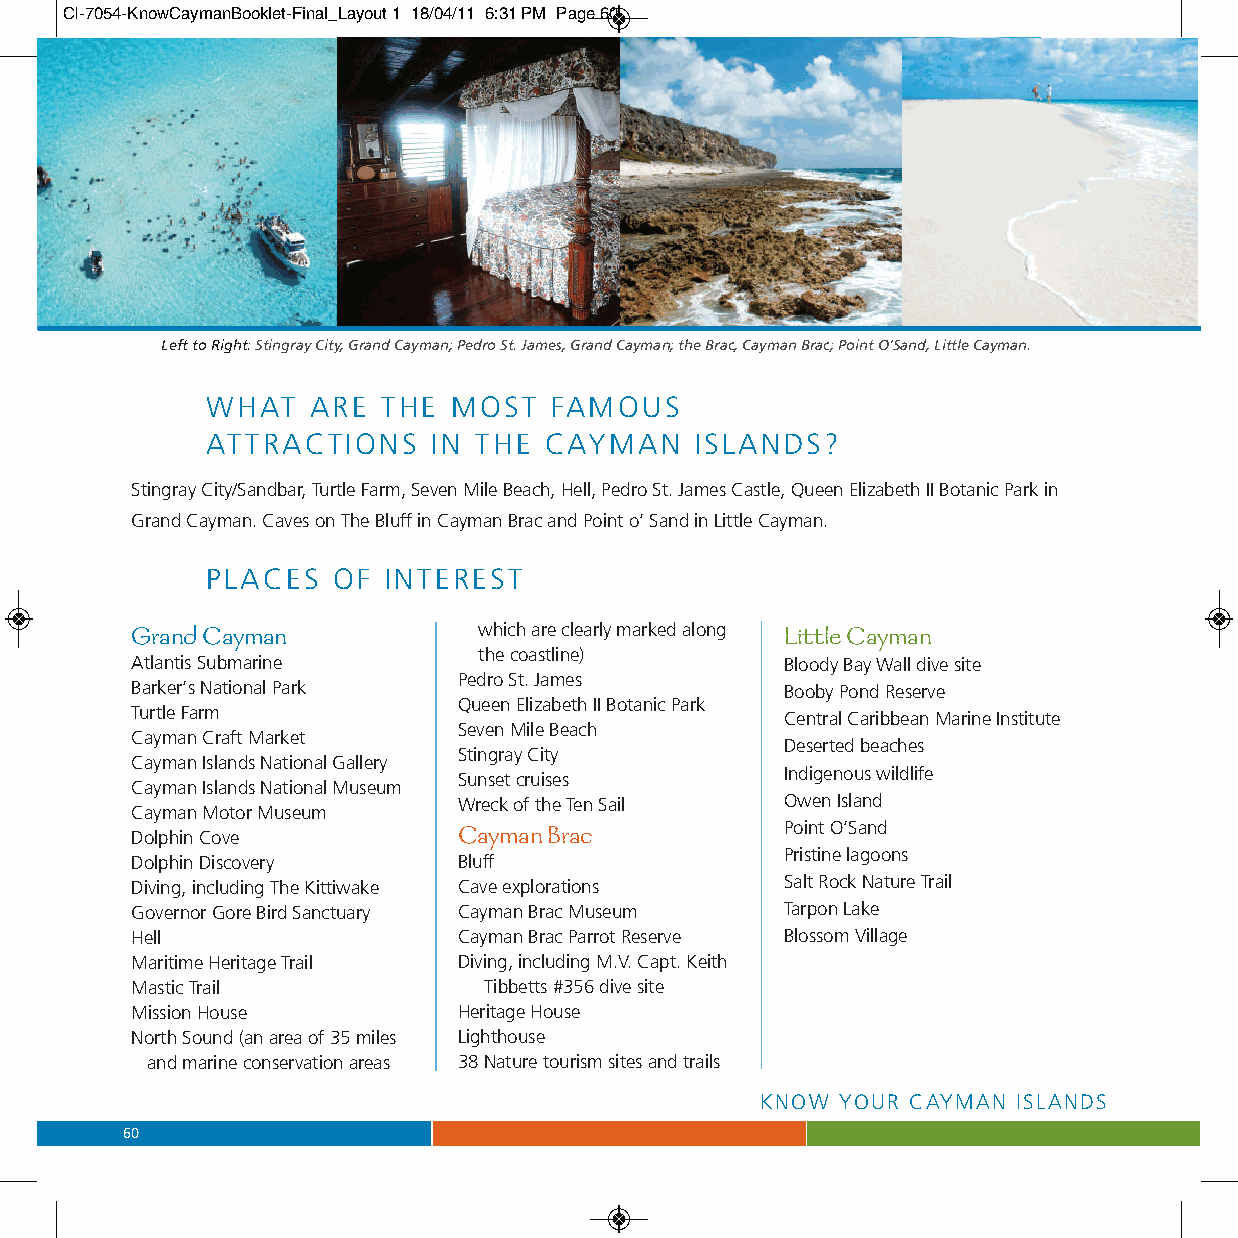
CI-7054-KnowCaymanBooklet-Final_Layout 1 18/04/11 6:31 PM Page 60
 Left to Right: Stingray City, Grand Cayman; Pedro St. James, Grand Cayman; the Brac, Cayman Brac; Point O’Sand, Little Cayman.
 WHAT  ARE  THE  MOST  FAMOUS
 ATTRACTIONS    IN THE CAYMAN    ISLANDS?
 Stingray City/Sandbar, Turtle Farm, Seven Mile Beach, Hell, Pedro St. James Castle, Queen Elizabeth II Botanic Park in
 Grand Cayman. Caves on The Bluff in Cayman Brac and Point o’ Sand in Little Cayman.
 PLACES  OF INTEREST
 Grand Cayman           which are clearly marked along Little Cayman
 the coastline)
 Atlantis Submarine                         Bloody Bay Wall dive site
 Pedro St. James
 Barker’s National Park                     Booby Pond Reserve
 Queen Elizabeth II Botanic Park
 Turtle Farm
 Central Caribbean Marine Institute
 Seven Mile Beach
 Cayman Craft Market
 Deserted beaches
 Stingray City
 Cayman Islands National Gallery
 Indigenous wildlife
 Sunset cruises
 Cayman Islands National Museum
 Wreck of the Ten Sail Owen Island
 Cayman Motor Museum
 Cayman Brac           Point O’Sand
 Dolphin Cove
 Pristine lagoons
 Dolphin Discovery    Bluff
 Diving, including The Kittiwake Cave explorations Salt Rock Nature Trail
 Governor Gore Bird Sanctuary Cayman Brac Museum Tarpon Lake
 Hell                 Cayman Brac Parrot Reserve Blossom Village
 Maritime Heritage Trail Diving, including M.V. Capt. Keith
 Mastic Trail           Tibbetts #356 dive site
 Mission House        Heritage House
 North Sound (an area of 35 miles Lighthouse
 and marine conservation areas 38 Nature tourism sites and trails
 KNOW  YOUR CAYMAN ISLANDS
 60